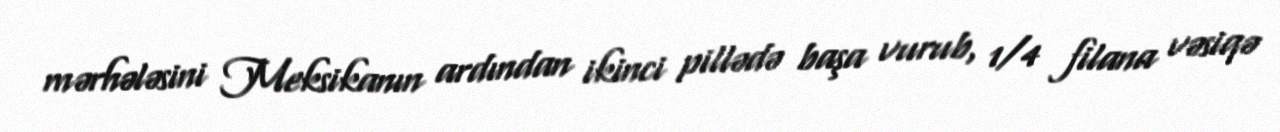
mərhələsini Meksikanın ardından ikinci pillədə başa vurub, 1/4 filana vəsiqə